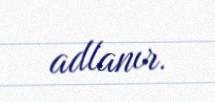
adlanır.